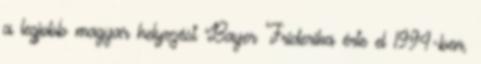
a legjobb magyar helyezést Bayer Friderika érte el 1994-ben,